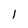
Character: 1